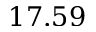
1 7 . 5 9